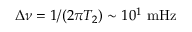
\Delta \nu = 1 / ( 2 \pi T _ { 2 } ) \sim 1 0 ^ { 1 } ~ \mathrm { m H z }